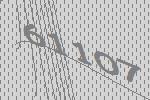
61107